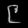
Digit: ၉